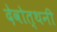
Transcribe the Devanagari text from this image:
देवोत्थनी